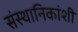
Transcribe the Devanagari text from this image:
संस्थानिकांशी